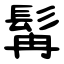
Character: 髯